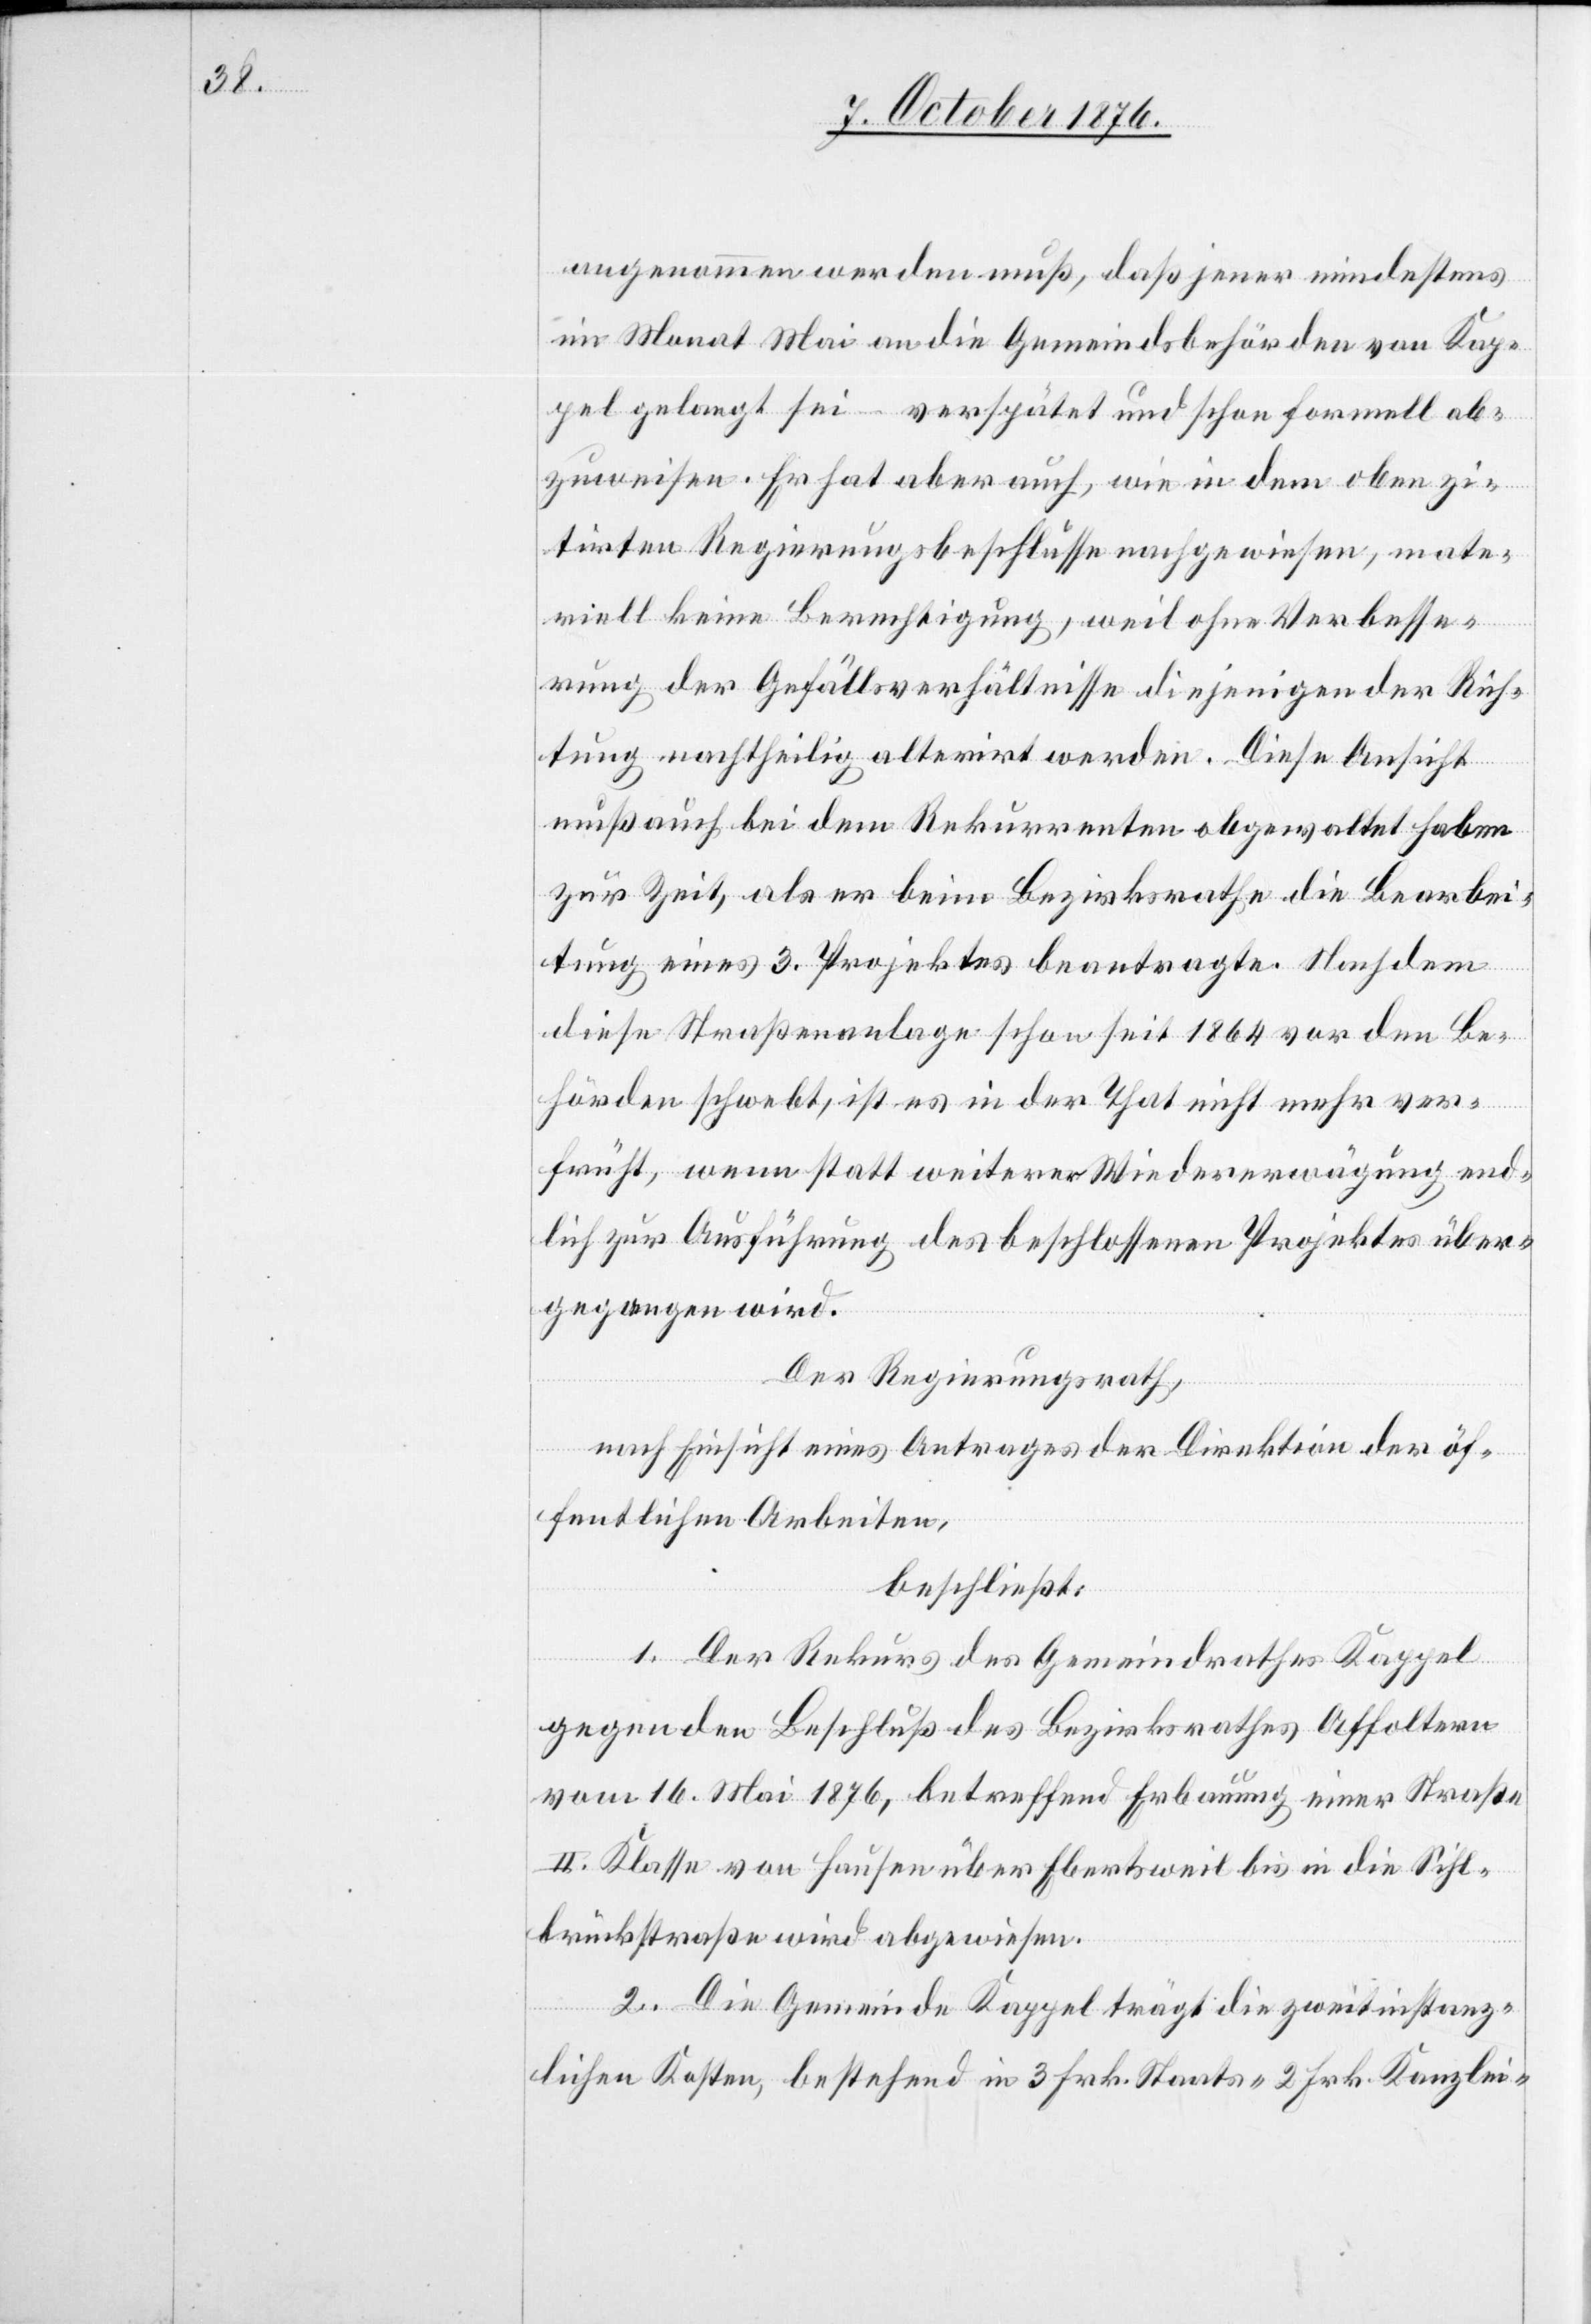
angenommen werden muß, daß jener mindestens
im Monat Mai an die Gemeindsbehörden von Kap¬
pel gelangt sei – verspätet und schon formell ab¬
zuweisen. Er hat aber auch, wie in dem oben zi¬
tirten Regierungsbeschlusse nachgewiesen, mate¬
riell keine Berechtigung, weil ohne Verbesse¬
rung der Gefällsverhältnisse diejenigen der Rich¬
tung nachtheilig alterirt werden. Diese Ansicht
muß auch bei dem Rekurrenten obgewaltet haben
zur Zeit, als er beim Bezirksrathe die Bearbei¬
tung eines 3. Projektes beantragte. Nachdem
diese Straßenanlage schon seit 1864 vor den Be¬
hörden schwebt, ist es in der That nicht mehr ver¬
früht, wenn statt weiterer Wiedererwägung end¬
lich zur Ausführung des beschlossenen Projektes über¬
gegangen wird.
Der Regierungsrath,
nach Einsicht eines Antrages der Direktion der öf¬
fentlichen Arbeiten,
beschließt:
1. Der Rekurs des Gemeindrathes Kappel
gegen den Beschluß des Bezirksrathes Affoltern
vom 16. Mai 1876, betreffend Erbauung einer Straße
II. Klasse von Hausen über Ebertsweil bis in die Sihl¬
brückstraße wird abgewiesen.
2. Die Gemeinde Kappel trägt die zweitinstanz¬
lichen Kosten, bestehend in 3 Frk. Staats- 2 Frk. Kanzlei-